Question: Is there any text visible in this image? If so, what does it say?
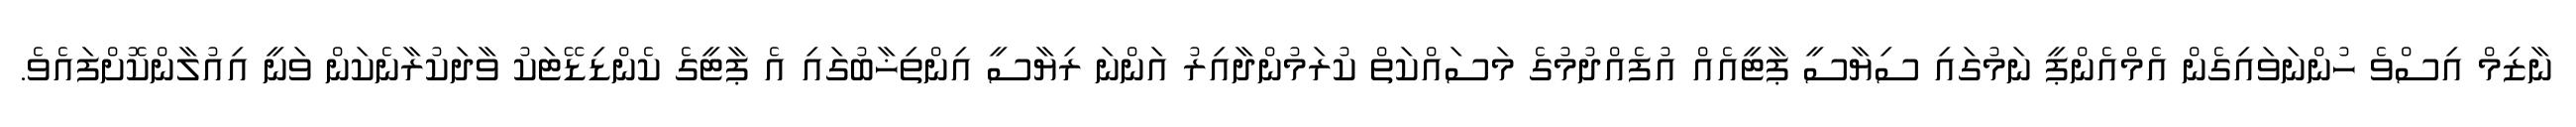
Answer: ނާޒިމް އިސްވެ ހުންނަވައިގެން އެމްއެންޕީ ނަމުގައި ސިޔާސީ ޕާޓީއެއް އުފެއްދުމުގެ މަސައްކަތް ކުރަމުންދާއިރު އަންނަ ރިޔާސީ އިންތިޚާބުގައި އެ ޕާޓީގެ ކެންޑިޑޭޓަކު ވާދަކުރާނެކަން ވަނީ އިއުލާންކޮށްފައެވެ.